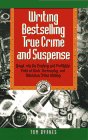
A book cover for Writing Bestselling True Crime and Suspense: Break into the Exciting and Profitable Field of Book, Screenplay, and Television (Writing Guides); Tom Byrnes; Mystery, Thriller & Suspense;